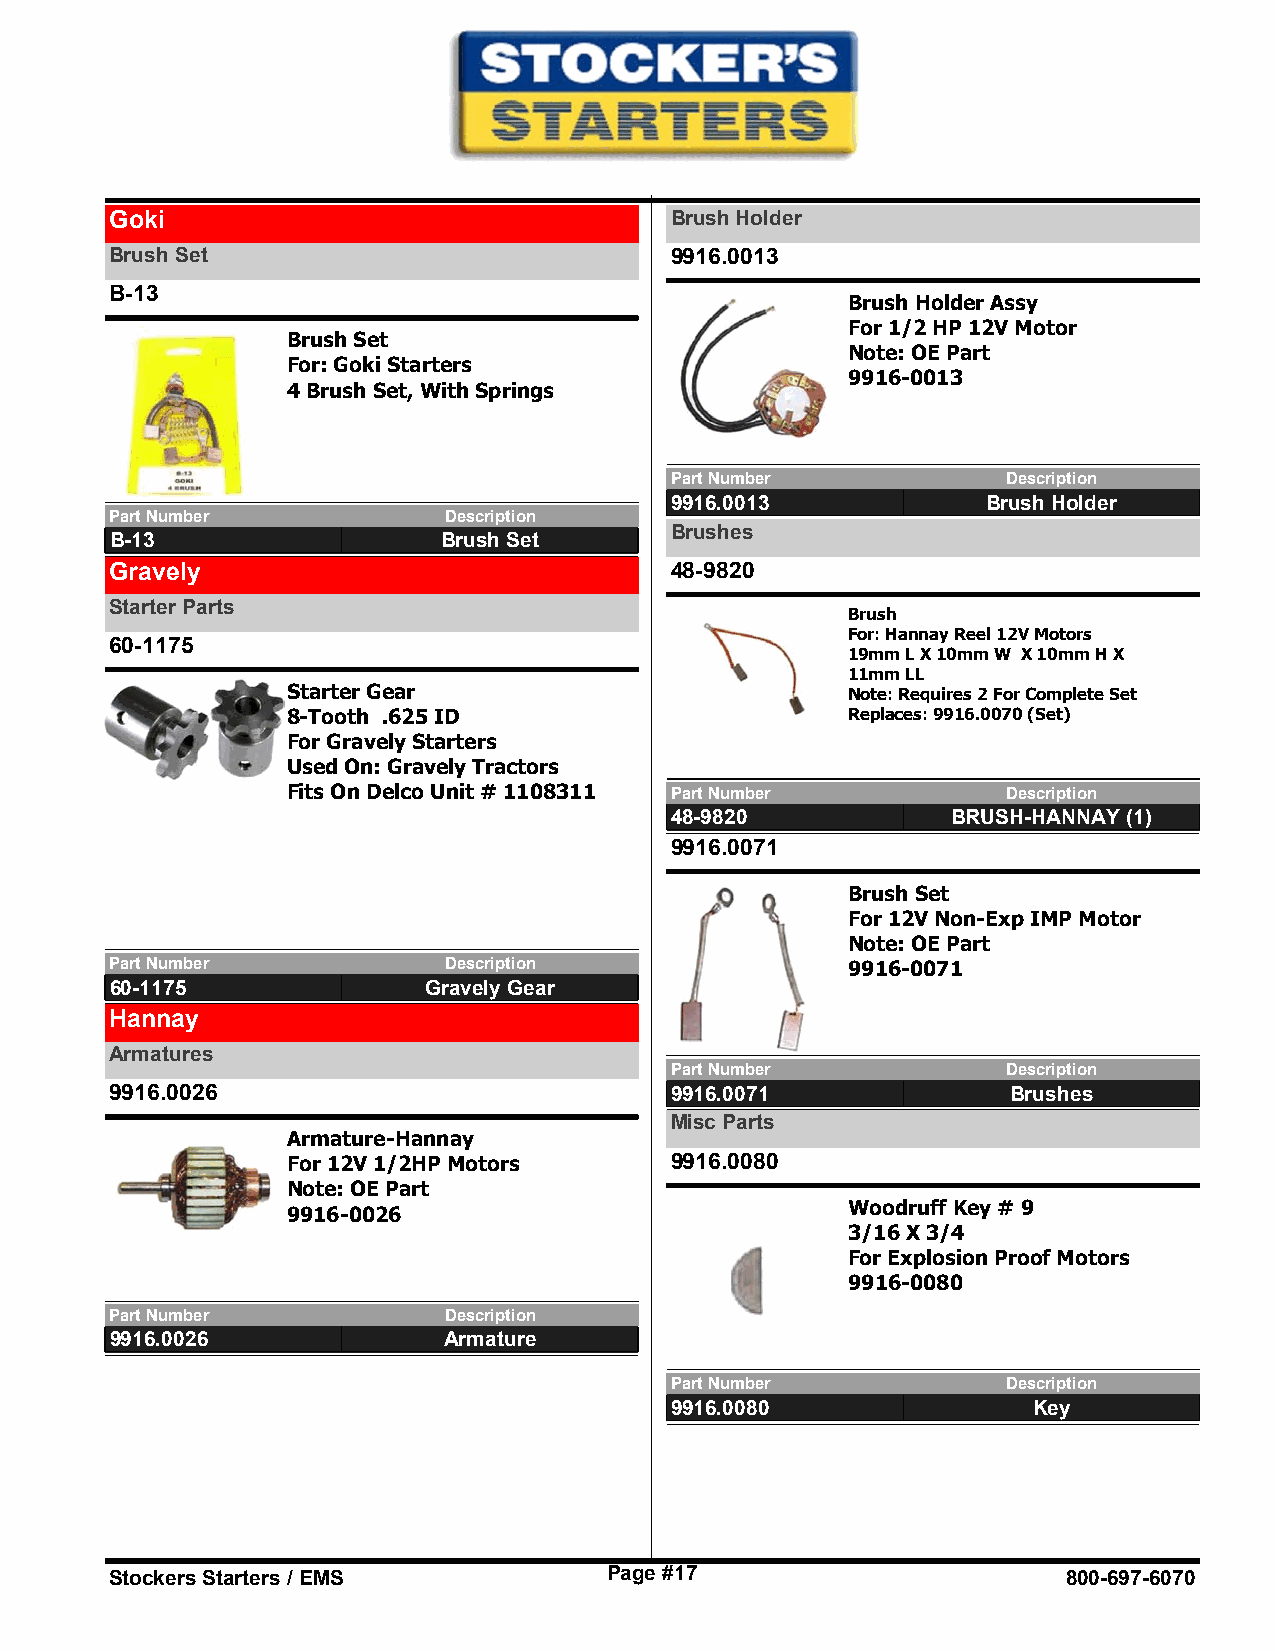
Goki                                 Brush Holder
 Brush Set                            9916.0013
 B-13
 Brush Holder Assy
 For 1/2 HP 12V Motor
 Brush Set
 Note: OE Part
 For: Goki Starters
 9916-0013
 4 Brush Set, With Springs
 Part Number            Description
 9916.0013            Brush Holder
 Part Number           Description
 Brushes
 B-13                  Brush Set
 Gravely                              48-9820
 Starter Parts
 Brush
 For: Hannay Reel 12V Motors
 60-1175
 19mm L X 10mm W X 10mm H X
 11mm LL
 Starter Gear                         Note: Requires 2 For Complete Set
 8-Tooth .625 ID                      Replaces: 9916.0070 (Set)
 For Gravely Starters
 Used On: Gravely Tractors
 Fits On Delco Unit # 1108311 Part Number        Description
 48-9820            BRUSH-HANNAY (1)
 9916.0071
 Brush Set
 For 12V Non-Exp IMP Motor
 Note: OE Part
 Part Number           Description                9916-0071
 60-1175              Gravely Gear
 Hannay
 Armatures
 Part Number            Description
 9916.0026                            9916.0071              Brushes
 Misc Parts
 Armature-Hannay
 For 12V 1/2HP Motors     9916.0080
 Note: OE Part
 Woodruff Key # 9
 9916-0026
 3/16 X 3/4
 For Explosion Proof Motors
 9916-0080
 Part Number           Description
 9916.0026             Armature
 Part Number            Description
 9916.0080               Key
 Stockers Starters / EMS          Page #17                       800-697-6070